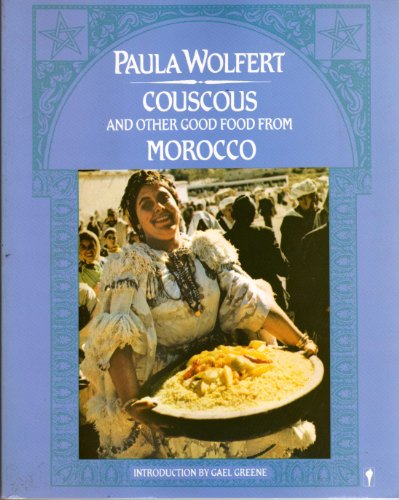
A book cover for Couscous and Other Good Food from Morocco; Travel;